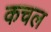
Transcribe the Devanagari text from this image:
कचल